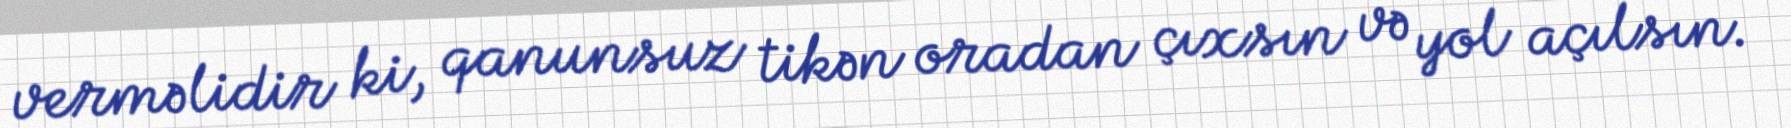
verməlidir ki, qanunsuz tikən oradan çıxsın və yol açılsın.